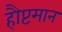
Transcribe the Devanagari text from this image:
हौप्टमान